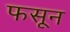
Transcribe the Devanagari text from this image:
फसून